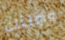
وأولئك